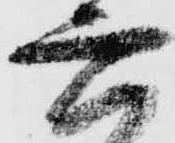
六